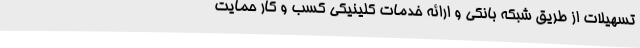
تسهیلات از طریق شبکه بانکی و ارائه خدمات کلینیکی کسب و کار حمایت